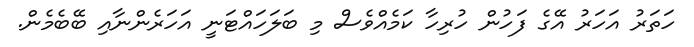
ހަތަރު އަހަރު އޭގެ ފަހުން ހުރިހާ ކަމެއްވެސް މި ބަލަހައްޓަނީ އަހަރެންނާއި ބޭބެމެން.